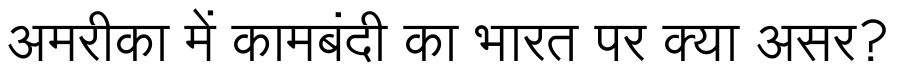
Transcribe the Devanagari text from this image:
अमरीका में कामबंदी का भारत पर क्या असर?